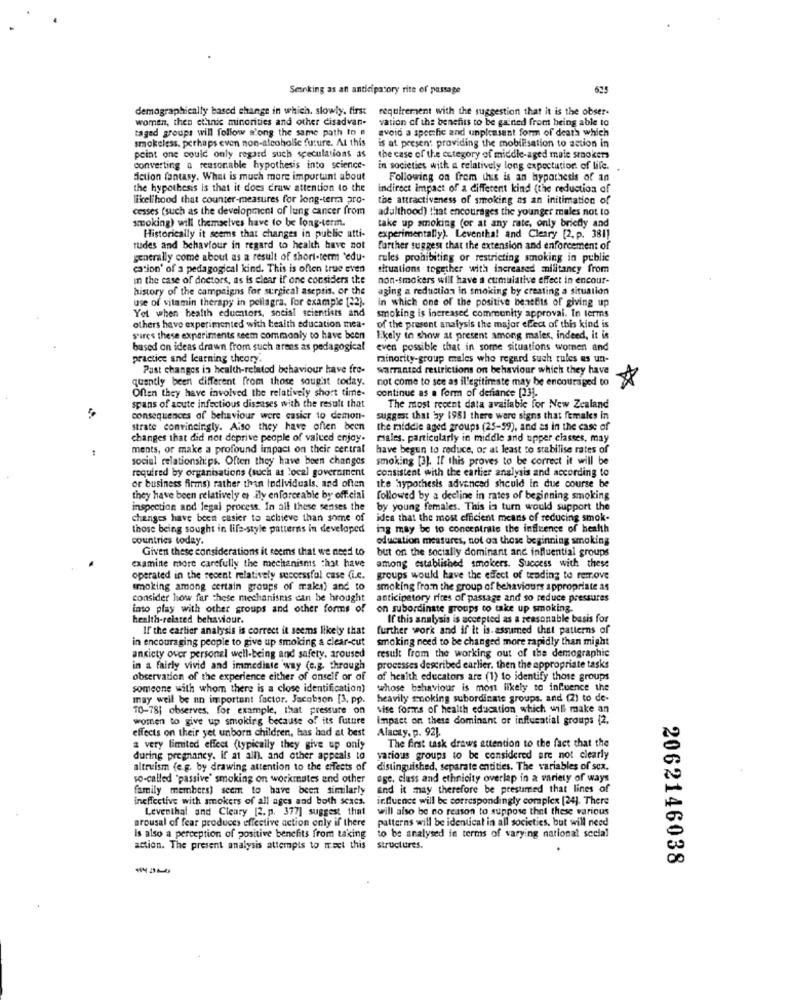
Senking as an anticipatory rite of passage
demographically based change in which. slowly. first
requirement with the suggestion that it is the obser-
women, then ethnic minorities and other disadvan-
vation of the benefits to be gained from being able to
taged groups will follow s'ong the same path to #
avoid a specific and unpleasant form of death which
smokeless. perhaps even non-alcoholic future. At this
is at present providing the mobilisation to action in
point one could only regard such speculations as
the case of the category of middle-aged male smokers
converting a reasonable hypothesis into science-
converting a reasonable hypothesis into science- in societies with a relatively long expectation. of life.
Action fantasy. What is much more important about
Following on frem this is an hypothesis of an
the hypothesis is that it does craw attention to the
indirect impact of a different kind (the reduction of
likelihood that counter-measures for long-term aro-
the attractiveness of smoking as an initimation of
cesses (such as the development of lung cancer from
adulthood) that encourages the younger males not to
smoking) will themselves have to be long-term.
take up smoking (or at any rate, only briefly and
Historically it seems that changes in public atti-
experimentally). Leventhal and Cleary [2. p. 381)
tudes and behaviour in regard to health have not
further suggest that the extension and enforcement of
generally come about as a result of short-term 'edu-
rules prohibiting or restricting smoking in public
cation' of a pedagogical kind. This is often true even
situations together with increased militancy from
in the case of doctors, as is clear if one considers the
non-smokers will have a cumulative effect in encour-
history of the campaigns for surgical asepsis. or the
aging a reduction in smoking by creating a situation
use of vitamin therapy in pellagra. for example [22).
In which one of the positive benefits of giving up
Yol when health educators, social scientists and
smoking is increased community approval. In terms
others have experimented with health education mea-
of the present analysis the major effect of this kind is
s'ires these experiments Reem commonly to have been
s'ires these experiments Reem commonly to have been likely in show at present among males, indeed, it is
likely in show at present among males, indeed, it is
based on ideas drawn from such arens as pedagogical
even possible that in some situations women and
practice and learning theory.
minority-group males who regard such rules es un-
Past changes in health-related behaviour have fre-
warranted restrictions on behaviour which they have
quently been different from those sought today.
not come to see as illegitimate may be encouraged to
Often they have involved the relatively short time-
continue as a form of defiance [23].
spans of acute infectious diseases with the result that
The most recent data available for New Zealand
consequences of behaviour were casier to demon-
suggest that by 1981 there were signs that females in
strate convincingly. Also they have often been
the middle aged groups (25-59), and as in the case of
changes that did not deprive people of valued enjoy.
males. particularly in middle and upper classes, may
ments, or make a profound impact on their cer.tral
have begun to reduce, or at least to stabilise rates of
social relationships. Often they have been changes
smoking [3]. If this proves to be correct it will be
required by organisations (such as local government
consistent with the earlier analysis and according to
or business firms) rather than Individuals, and often
the 'hypothesis advanced should in due course be
they have been relatively es ily enforceable by official
followed by a decline in rates of beginning smoking
inspection and legal process. In all these senses the
by young females. This in turn would support the
changes have been casier to achieve than some of
idea that the most efficient means of reducing smok-
those being sought in life-style patterns in developed
ing may be to concentrate the influence of health
countries today.
education measures, not oa those beginning smoking
Given these considerations it seems that we need to
but on the socially dominant and influential groups
among established smoicers. Success with these
examine more carefully the mechanismis that have
operated in the recent relatively successful case (i.c.
groups would have the effect of trading to remove
smoking among certain groups of makes) and to
smoking from the group of behaviours appropriate as
consider how far these mechanismis can be brought
anticipatory rites of passage and so reduce pressures
into play with other groups and other forms of
on subordinate groups to take up smoking.
health-related behaviour.
If this analysis is accepted as a reasonable basis for
If the earlier analysis is correct it seems likely that
further wwork and if it is assumed that patterns of
in encouraging people to give up smoking a clear-cut
smoking need to be changed more rapidly than might
anxiety over personel well-being and safety, aroused
result from the working out of the demographic
in a fairly vivid and immediate way (c.g. through
processes described earlier. then the appropriate tasks
observation of the experience either of onself or of
of health educators are (1) to identify those groups
someone with whom there is a close identification)
whose behaviour is most likely to influence the
may well be nn important factor. Jacobson [3, pp.
heavily smoking subordinate groups, and (2) to de-
10-78] observes, for example, that pressure on
vise forms of health education which will make an
women to give up smoking because of its future
Impact on these dominant or influential groups (2.
effects on their yet unborn children, has had at best
Alaczy, p. 92].
The first task draws attention to the fact that the
a very limited effect (typically they give up only
during pregnancy. if at all), and other appeals to
various groups to be considered are not clearly
altruism (e.g. by drawing attention to the effects of
distinguished, separate entities. The variables of sex.
so-called "passive' smoking on workmates and other
age, class and ethnicity overlap in a variety of ways
family members) seem to have been similarly
and it may therefore be presumed that lines of
ineffective with smokers of all ages and both scacs.
influence will be correspondingly complex [24]. There
Leventhal and Cleary [2. p. 377] suggest that
will also be no reason to suppose that these various
arousal of fear produces effective action only if there
patterns will be identical in all societies. but will need
Is also a perception of positive benefits from taking
to be analysed in terms of varying national social
action. The present analysis attempts to meet this
structures.
2062146038